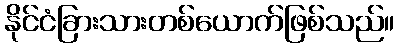
နိုင်ငံခြားသားတစ်ယောက်ဖြစ်သည်။